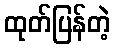
ထုတ်ပြန်တဲ့